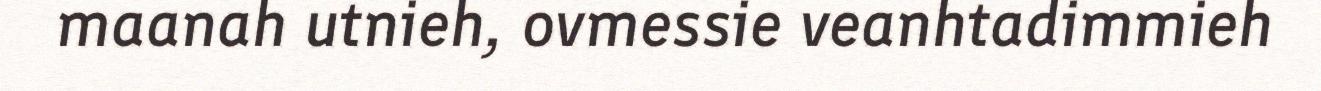
maanah utnieh, ovmessie veanhtadimmieh